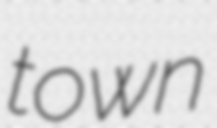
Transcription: town